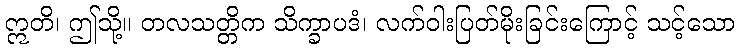
ဣတိ၊ ဤသို့။ တလသတ္တိက သိက္ခာပဒံ၊ လက်ဝါးပြတ်မိုးခြင်းကြောင့် သင့်သော